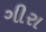
ગીરા